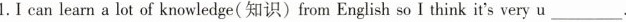
1.I can learn a lot of knowledge(知识)from English so I think it's very u___